Report of the Municipal Commissioner on the plague in Bombay for the year ending 31st May... - Volume 2
Disease focus: Plague
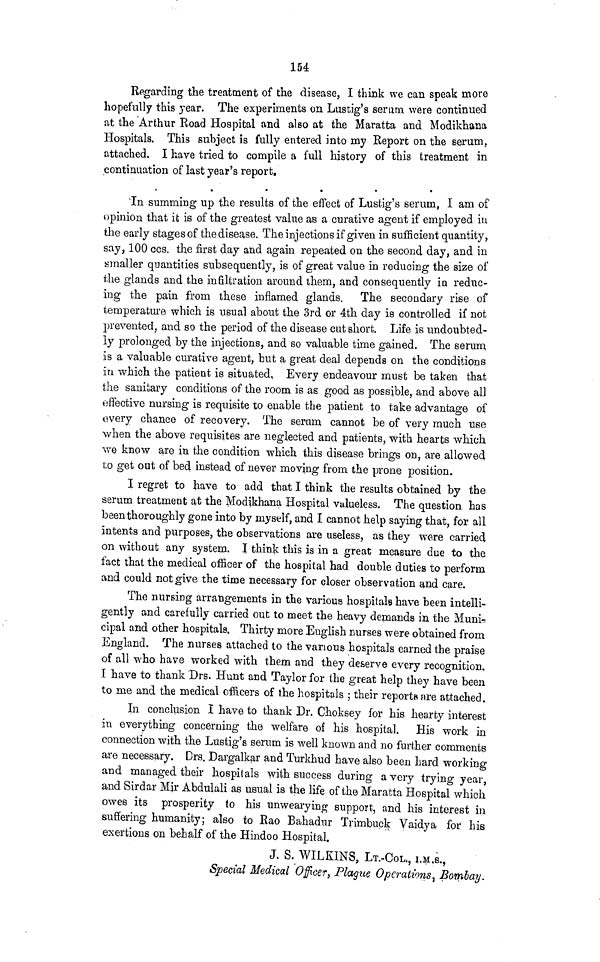
154
Regarding the treatment of the disease, I think we can speak more
hopefully this }*ear. The experiments on Lustig's serum were continued
at the 'Arthur Road Hospital and also at the Maratta and Modikhana
Hospitals. This subject is fully entered into my Report on the serum,
attached. I have tried to compile a full history of this treatment in
continuation of last year's report.
In summing up the results of the effect of Lustig's serum, I am of
opinion that it is of the greatest value as a curative agent if employed iu
the early stages of the disease. The injections if given in sufficient quantity,
say, 100 ccs. the first day and again repeated on the second day, and in
smaller quantities subsequently, is of great value in reducing the size of
the glands and the infiltration around them, and consequently in reduc-
ing the pain from these inflamed glands. The secondary rise of
temperature which is usual about the 3rd or 4th day is controlled if not
prevented, and so the period of the disease cut short. Life is undoubted-
ly prolonged by the injections, and so valuable time gained. The serum
is a valuable curative agent, but a great deal depends on the conditions
in which the patient is situated, Every endeavour must be taken that
the sanitary conditions of the room is as good as possible, and above all
effective nursing is requisite to enable the patient to take advantage of
every chance of recovery. The serum cannot be of very much use
when the above requisites are neglected and patients, with hearts which
we know are in the condition which this disease brings on, are allowed
to get out of bed instead of never moving from the prone position.
I regret to have to add that I think the results obtained by the
serum treatment at the Modikhana Hospital valueless. The question has
been thoroughly gone into by myself, and I cannot help saying that, for all
intents and purposes, the observations are useless, as they were carried
on without any system. I think this is in a great measure due to the
fact that the medical officer of the hospital had double duties to perform
and could not give the time necessary for closer observation and care.
The nursing arrangements in the various hospitals have been intelli-
gently and carefully carried out to meet the heavy demands in the Muni-
cipal and other hospitals. Thirty more English nurses were obtained from
England. The nurses attached to the various hospitals earned the praise
of all who have worked with them and they deserve every recognition.
I have to thank Drs. Hunt and Taylor for the great help they have been
to me and the medical officers of the hospitals ; their reports are attached.
In conclusion I have to thank Dr. Choksey for his hearty interest
in everything concerning the welfare of his hospital. His work in
connection with the Lustig's serum is well known and no further comments
are necessary. Drs. Dargalkar and Turkhud have also been hard working
and managed their hospitals with success during a very trying year,
and Sirdar Mjr Abdulali as usual is the life of the Maratta Hospital which
owes its prosperity to his unwearying support, and his interest in
suffering humanity; also to Rao Bahadur Trimbuck Vaidya for his
exertions on behalf of the Hindoo Hospital.
J. S. WILKINS, LT.-COL,, I.M.S.,
Special Medical Officer, Plague Operations, Bombay.